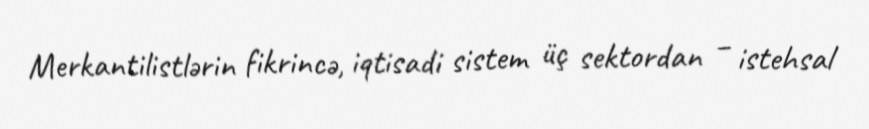
Merkantilistlərin fikrincə, iqtisadi sistem üç sektordan – istehsal